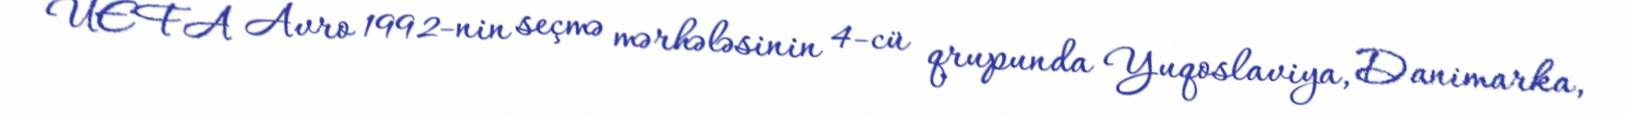
UEFA Avro 1992-nin seçmə mərhələsinin 4-cü qrupunda Yuqoslaviya, Danimarka,